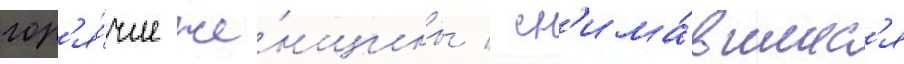
гор'я́чие же́нщины / сн'има́вшиес'я